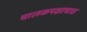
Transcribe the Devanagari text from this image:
चालकपक्षाघात